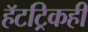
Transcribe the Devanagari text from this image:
हॅटट्रिकही